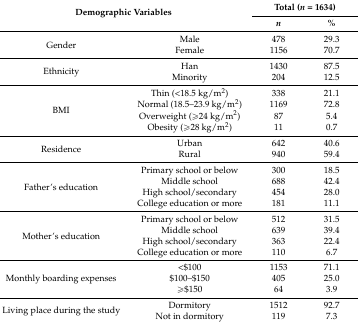
| <ROWSPAN=2-COLSPAN=2> Demographic Variables | <COLSPAN=2> Total (n = 1634) |
 | n | % |
 | --- | --- | --- | --- |
 | <ROWSPAN=2> Gender | Male | 478 | 29.3 |
 | Female | 1156 | 70.7 |
 | <ROWSPAN=2> Ethnicity | Han | 1430 | 87.5 |
 | Minority | 204 | 12.5 |
 | <ROWSPAN=4> BMI | Thin (<18.5 kg/m2) | 338 | 21.1 |
 | Normal (18.5–23.9 kg/m2) | 1169 | 72.8 |
 | Overweight (≥24 kg/m2) | 87 | 5.4 |
 | Obesity (≥28 kg/m2) | 11 | 0.7 |
 | <ROWSPAN=2> Residence | Urban | 642 | 40.6 |
 | Rural | 940 | 59.4 |
 | <ROWSPAN=4> Father’s education | Primary school or below | 300 | 18.5 |
 | Middle school | 688 | 42.4 |
 | High school/secondary | 454 | 28.0 |
 | College education or more | 181 | 11.1 |
 | <ROWSPAN=4> Mother’s education | Primary school or below | 512 | 31.5 |
 | Middle school | 639 | 39.4 |
 | High school/secondary | 363 | 22.4 |
 | College education or more | 110 | 6.7 |
 | <ROWSPAN=3> Monthly boarding expenses | <$100 | 1153 | 71.1 |
 | $100–$150 | 405 | 25.0 |
 | ≥$150 | 64 | 3.9 |
 | <ROWSPAN=2> Living place during the study | Dormitory | 1512 | 92.7 |
 | Not in dormitory | 119 | 7.3 |